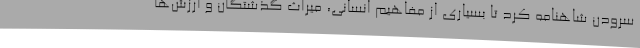
سرودن شاهنامه کرد تا بسیاری از مفاهیم انسانی، میراث گذشتگان و ارزش‌ها